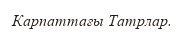
Карпаттағы Татрлар.